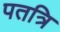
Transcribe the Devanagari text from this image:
पतत्रि